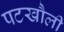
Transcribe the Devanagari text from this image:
पटखौली